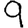
Digit: 9